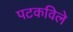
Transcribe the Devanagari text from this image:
पटकविले